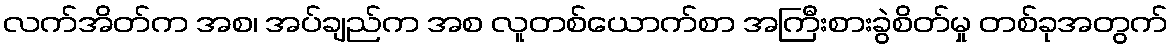
လက်အိတ်က အစ၊ အပ်ချည်က အစ လူတစ်ယောက်စာ အကြီးစားခွဲစိတ်မှု တစ်ခုအတွက်